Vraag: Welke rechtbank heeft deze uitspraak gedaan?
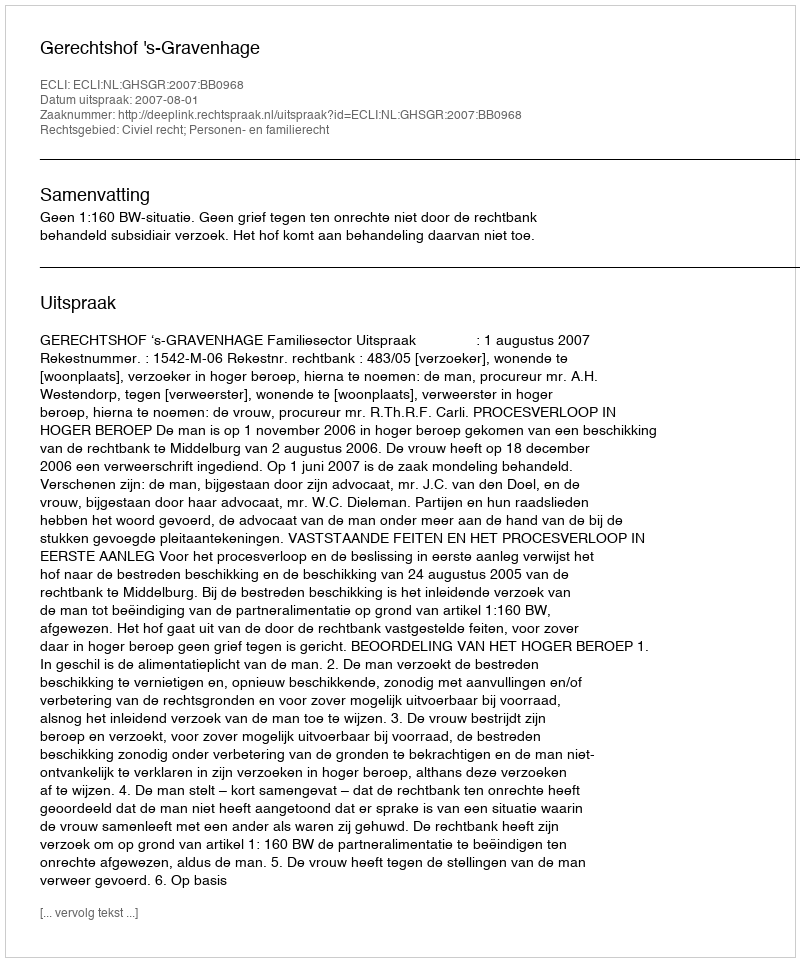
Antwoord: Gerechtshof 's-Gravenhage